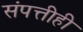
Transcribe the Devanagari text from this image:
संपत्तीही